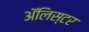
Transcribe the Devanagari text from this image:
अॅलिस्टर